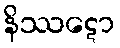
နိဿဋော